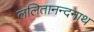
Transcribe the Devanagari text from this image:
ललितानन्दनाथ